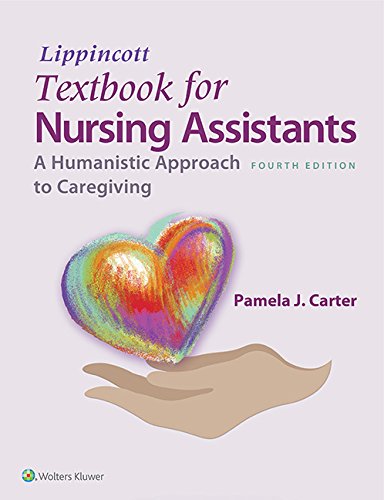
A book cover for Lippincott Textbook for Nursing Assistants: A Humanistic Approach to Caregiving; Pamela Carter RN  BSN  MEd  CNOR; Medical Books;